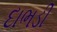
દાભડી